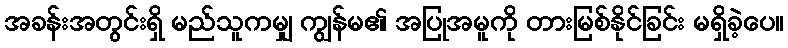
အခန်းအတွင်းရှိ မည်သူကမျှ ကျွန်မ၏ အပြုအမူကို တားမြစ်နိုင်ခြင်း မရှိခဲ့ပေ။